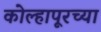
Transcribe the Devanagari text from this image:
कोल्हापूरच्‍या